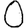
Digit: 0